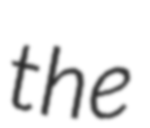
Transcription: the